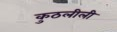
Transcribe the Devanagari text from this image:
कुठलीली